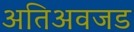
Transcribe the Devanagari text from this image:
अतिअवजड